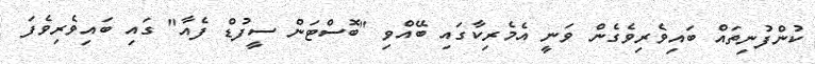
ކުންފުނިތައް ބައިވެރިވެގެން ވަނީ އެމެރިކާގައި ބޭއްވި "ބޮސްޓަން ސީފުޑް ފެއާ" ގައި ބައިވެރިވެފަ